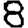
Digit: 8